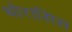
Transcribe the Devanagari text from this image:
थोरासिस